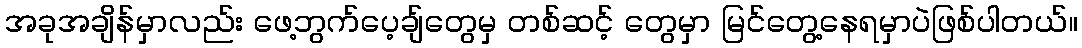
အခုအချိန်မှာလည်း ဖေ့ဘွက်ပေ့ချ်တွေမှ တစ်ဆင့် တွေမှာ မြင်တွေ့နေရမှာပဲဖြစ်ပါတယ်။